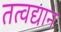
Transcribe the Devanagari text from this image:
तत्वद्यान